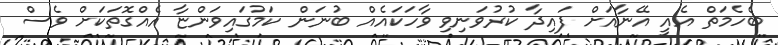
ބެހެމަތް އެއީ އޭނާއަށް ފައިދާ ކުރުވަނިވި ވާހަކައެއް ބުނަން ކަމުގައިވަންޏާ އެއްގޮތަކަށް ވެސް